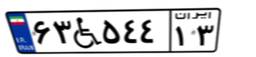
۶۳W۵۴۴۱۳